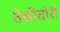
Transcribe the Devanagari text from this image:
तेसीतोरी